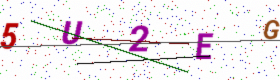
Text: 5U2EG